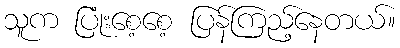
သူက ပြုံးစေ့စေ့ ပြန်ကြည့်နေတယ်။